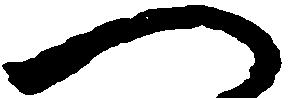
へ